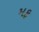
મફ